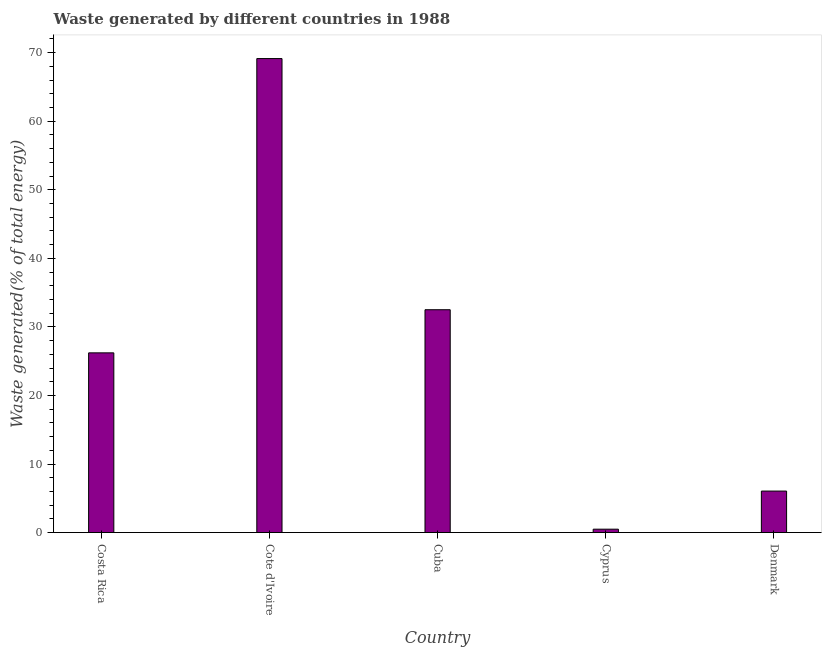
| Country | Combustible renewables and waste (% of total energy) |
 | --- | --- |
 | Costa Rica | 26.2 |
 | Cote d'Ivoire | 69.1 |
 | Cuba | 32.5 |
 | Cyprus | 0.498 |
 | Denmark | 6.06 |